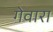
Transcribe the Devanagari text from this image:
गेवारा